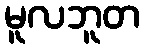
မူလဘူတ